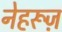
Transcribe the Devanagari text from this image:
नेहरूज़